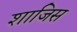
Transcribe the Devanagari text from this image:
शाजिस